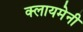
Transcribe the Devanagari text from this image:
क्लायमेनी